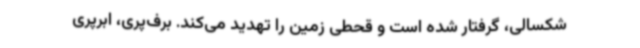
شکسالی، گرفتار شده است و قحطی زمین را تهدید می‌کند. برف‌پری، ابرپری